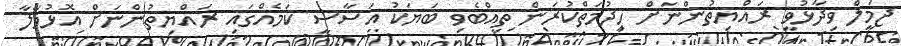
ޖަމީލް ވިދާޅުވީ ރައްޔިތުންނަށް ހިދުމަތްކުރަން ތިއްބެވި ބަޔަކު އަސާސީ ކަމެއްގައި ރައްޔިތުންނަށް އޮޅުވާލާ